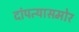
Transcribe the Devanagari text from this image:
दांपत्यासमोर